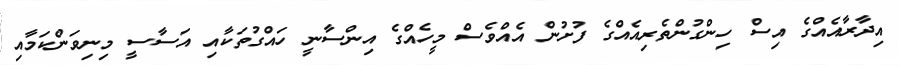
އިދާރާއެއްގެ އިސް ހިންގުންތެރިއެއްގެ ފުށުން އެއްވެސް މީހެއްގެ އިންސާނީ ހައްގުތަކާއި އަސާސީ މިނިވަންކަމާއި